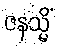
ဇနသ္မိံ